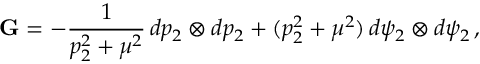
\mathbf { G } = - \frac { 1 } { p _ { 2 } ^ { 2 } + \mu ^ { 2 } } \, d p _ { 2 } \otimes d p _ { 2 } + ( p _ { 2 } ^ { 2 } + \mu ^ { 2 } ) \, d \psi _ { 2 } \otimes d \psi _ { 2 } \, ,